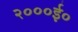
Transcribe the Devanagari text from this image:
२०००ई०